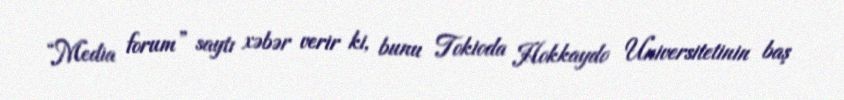
“Media forum” saytı xəbər verir ki, bunu Tokioda Hokkaydo Universitetinin baş